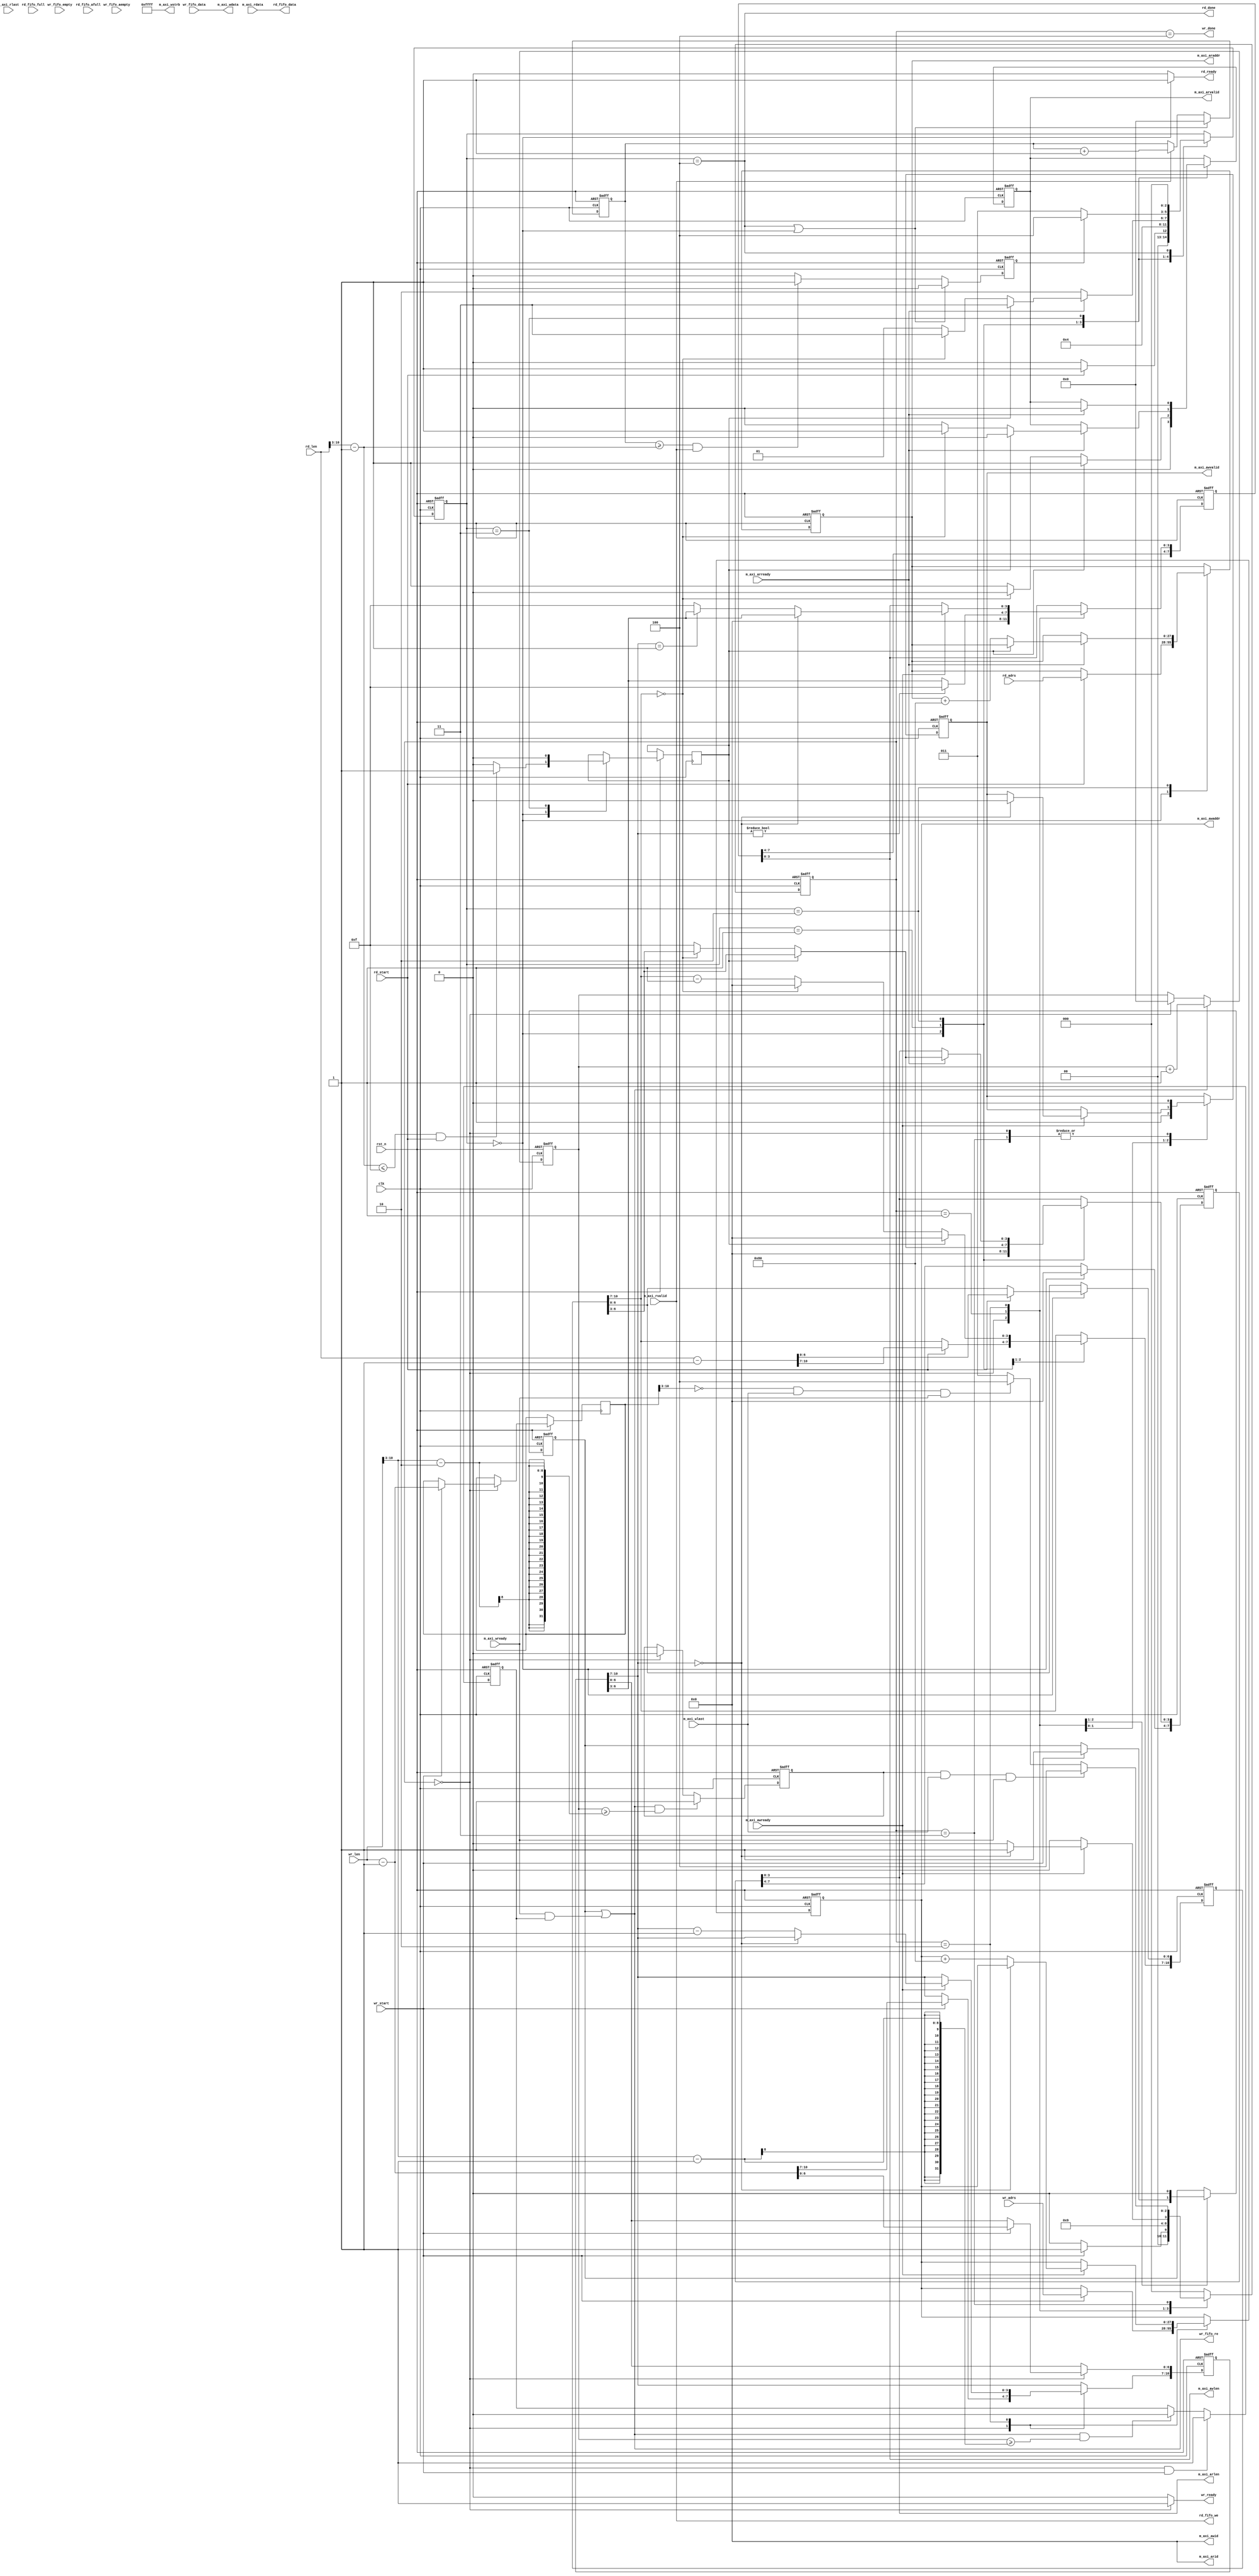
//****************************************Copyright (c)***********************************//
//www.yuanzige.com
//http://www.openedv.com/forum.php
//https://zhengdianyuanzi.tmall.com
//""ZYNQ & FPGA & STM32 & LINUX
//
//Copyright(C)  2023-2033
//All rights reserved                                  
//----------------------------------------------------------------------------------------
// File name:           aq_axi_master
// Created by:          
// Created date:        20232314:17:02
// Version:             V1.0
// Descriptions:        aq_axi_master
//
//----------------------------------------------------------------------------------------
//****************************************************************************************///

module aq_axi_master(
    // Reset, Clock
    input                   rst_n,
    input                   clk,
    // Write Address
    output      [3:0]       m_axi_awid,                                                         	  
    output      [27:0]      m_axi_awaddr,                                                       	  
    output      [3:0]       m_axi_awlen,    // Burst Length: 0-15                              	                          	  
    output                  m_axi_awvalid,                                                      	  
    input                   m_axi_awready,                                                      	  
    // Write Data                                                              	  
    output      [127:0]     m_axi_wdata,                                                       	  
    output      [15:0]      m_axi_wstrb ,                                                       	                                                        	  
    input                   m_axi_wready ,                                                       	  
    input                   m_axi_wlast ,                                                                                    	                                                        	  
    // Read Address                                                            	  
    output      [3:0]       m_axi_arid ,                                                         	  
    output      [27:0]      m_axi_araddr ,                                                       	  
    output      [3:0]       m_axi_arlen ,                                                        	                                                         	  
    output                  m_axi_arvalid ,                                                      	  
    input                   m_axi_arready ,                                                      	  
    // Read Data 
    input       [127:0]     m_axi_rdata,
    input                   m_axi_rlast,
    input                   m_axi_rvalid,
    // Local Bus
    input                   wr_start,
    input       [27:0]      wr_adrs,
    input       [10:0]      wr_len, 
    output                  wr_ready,
    output                  wr_fifo_re,
    input                   wr_fifo_empty,
    input                   wr_fifo_aempty,
    input       [127:0]     wr_fifo_data,
    output                  wr_done,
    input                   rd_start,
    input       [27:0]      rd_adrs,
    input       [10:0]      rd_len, 
    output                  rd_ready,
    output                  rd_fifo_we,
    input                   rd_fifo_full,
    input                   rd_fifo_afull,
    output      [127:0]     rd_fifo_data,
    output                  rd_done
);
//localparam define
localparam S_WR_IDLE  = 3'd0;
localparam S_WA_START = 3'd1;
localparam S_WD_WAIT  = 3'd2;
localparam S_WR_WAIT  = 3'd3;
localparam S_WR_DONE  = 3'd4;

localparam S_RD_IDLE  = 3'd0;
localparam S_RA_START = 3'd1;
localparam S_RD_WAIT  = 3'd2; 
localparam S_RD_PROC  = 3'd3;
localparam S_RD_DONE  = 3'd4;

//reg define
reg [2:0]       wr_state;
reg [27:0]      reg_wr_adrs;
reg [10:0]      reg_wr_len;
reg [10:0]      reg_wr_len1;
reg             reg_awvalid;
reg [7:0]       reg_w_len;
reg             rd_first_data;
reg             rd_fifo_enable;
reg [7:0]       rd_fifo_cnt;
reg [2:0]       rd_state;
reg [27:0]      reg_rd_adrs;
reg [10:0]      reg_rd_len;
reg             reg_arvalid;
reg [7:0]       reg_r_len;
reg [7:0]       rd_addr_cnt;
reg [7:0]       data_valid_cnt;   
reg             reg_r_last;
reg             reg_w_finish; 
reg             rd_fifo_almost_end; 
reg             once_rd_num; 

//*****************************************************
//**                    main code
//***************************************************** 

// Master Read Address
assign m_axi_arid       = 1'b0;
assign m_axi_araddr     = reg_rd_adrs;
assign m_axi_arlen      = reg_r_len[3:0];
assign m_axi_arvalid    = reg_arvalid;
assign rd_ready         = (rd_state == S_RD_IDLE) ? 1'b1 : 1'b0;
assign rd_fifo_we       = m_axi_rvalid;
assign rd_fifo_data     = m_axi_rdata;
assign rd_done          = (rd_state == S_RD_DONE) ; 
assign m_axi_awid       = 4'b0;
assign m_axi_awaddr     = reg_wr_adrs;
assign m_axi_awlen      = reg_w_len[3:0];
assign m_axi_awvalid    = reg_awvalid;
assign m_axi_wdata      = wr_fifo_data;
assign m_axi_wstrb      = 16'hFFFF;
assign wr_ready         = (wr_state == S_WR_IDLE) ? 1'b1 : 1'b0;   
assign wr_done          = (wr_state == S_WR_DONE);
assign wr_fifo_re       = rd_first_data | (m_axi_wready && rd_fifo_enable) ;

//wfifo128bit
always @(posedge clk or negedge rst_n)
begin
    if(!rst_n)
        rd_fifo_cnt <= 8'b0;
    else if(wr_fifo_re)
        rd_fifo_cnt <= rd_fifo_cnt + 1'b1;
    else if(wr_state == S_WR_IDLE)
        rd_fifo_cnt <= 8'b0;	
end

//wfifo
always @(posedge clk or negedge rst_n)begin
    if(!rst_n)
        rd_fifo_enable <= 1'b0;			
    else if(wr_state == S_WR_IDLE && wr_start)
        rd_fifo_enable <= 1'b1;
    else if(wr_fifo_re && (rd_fifo_cnt >= wr_len[10:3] - 1) )
        rd_fifo_enable <= 1'b0;
    else
        rd_fifo_enable <= rd_fifo_enable;
end

always @(posedge clk or negedge rst_n)begin
    if(!rst_n)
        rd_fifo_almost_end <= 1'b0;
    else if(wr_fifo_re && (rd_fifo_cnt >= wr_len[10:3] - 2) )
        rd_fifo_almost_end <= 1'b1;				
    else if(wr_state == S_WR_IDLE )
        rd_fifo_almost_end <= 1'b0;
    else
        rd_fifo_almost_end <= rd_fifo_almost_end;
end

// Write State
always @(posedge clk or negedge rst_n) begin
    if(!rst_n) begin
        wr_state        <= S_WR_IDLE;
        reg_wr_adrs     <= 28'b0;
        reg_wr_len      <= 11'b0;
        reg_awvalid     <= 1'b0;
        reg_w_len       <= 8'd0;
        rd_first_data   <= 1'b0;
    end 
    else begin
        case(wr_state)
            S_WR_IDLE:begin
                reg_awvalid <= 1'b0;
                reg_w_len[3:0] <= 4'd0;
                reg_w_finish <= 1'b0;
                //
                if(wr_start) begin
                    wr_state    <= S_WA_START;
                    reg_wr_adrs <= wr_adrs;
                    reg_wr_len  <= wr_len - 1'b1;
                    reg_wr_len1 <= wr_len -1'b1;			
                    rd_first_data <= 1'b1;
                end
                else begin
                    wr_state <= S_WR_IDLE;
                end
            end
            S_WA_START: begin
                wr_state <= S_WD_WAIT;
                rd_first_data <= 1'b0;
                reg_awvalid <= 1'b1;
                //015
                if(reg_wr_len[10:7] != 5'd0) begin                
                    reg_w_len[3:0] <= 4'hf;
                end 
                else begin
                    reg_w_len[3:0] <= reg_wr_len[6:3];
                end
            end  
            S_WD_WAIT:begin
                //
                if(m_axi_awready)begin
                    //
                    if(reg_wr_len[10:7] == 5'd0)begin
                        reg_w_len[3:0] <= reg_wr_len[6:3];
                        reg_awvalid <= 1'b0;	
                        wr_state <= S_WR_WAIT;
                        reg_wr_adrs <= reg_wr_adrs;
                    end
                    //1
                    else if(reg_wr_len[10:7] == 5'd1)begin
                            reg_w_len[3:0] <= reg_wr_len[6:3];
                            reg_awvalid <= reg_awvalid;	
                            wr_state <= S_WD_WAIT;
                            reg_wr_adrs <= reg_wr_adrs + 8'd128;
                            reg_wr_len[10:7] <= reg_wr_len[10:7] - 21'd1;
                        end
                    //115
                    else begin
                        reg_w_len[3:0] <= 4'hf;
                        reg_awvalid <= reg_awvalid;	
                        wr_state <= S_WD_WAIT;
                        reg_wr_adrs <= reg_wr_adrs + 8'd128;
                        reg_wr_len[10:7] <= reg_wr_len[10:7] - 21'd1;				
                    end
                end
                //
                else begin
                    reg_w_len[3:0] <= reg_w_len[3:0] ;
                    reg_awvalid <= reg_awvalid;	
                    wr_state <= S_WD_WAIT;
                    reg_wr_adrs <= reg_wr_adrs ;
                    reg_wr_len[10:7] <= reg_wr_len[10:7];				
                end
            end		
            S_WR_WAIT:begin
                reg_awvalid <= 1'b0;
                if(rd_fifo_almost_end && m_axi_wlast && m_axi_wready)begin
                    wr_state <= S_WR_DONE;
                end 
                else if(reg_wr_len1[10:3] == 0 && m_axi_wlast && m_axi_wready)
                    wr_state <= S_WR_DONE;			
                else begin			
                    wr_state <= S_WR_WAIT;
                end
            end
            S_WR_DONE:begin
                wr_state <= S_WR_IDLE;
            end
            default:begin
                wr_state <= S_WR_IDLE;
            end
        endcase
    end
end

// The Read State
always @(posedge clk or negedge rst_n) begin
    if(!rst_n) begin
        rd_state <= S_RD_IDLE;
        reg_rd_adrs <= 28'd0;
        reg_rd_len <= 11'd0;
        reg_arvalid <= 1'b0;
        reg_r_len <= 8'd0;  
    end 
    else begin
        case(rd_state)
            S_RD_IDLE: begin
                reg_arvalid <= 1'b0;
                reg_r_len <= 8'd0;
                //
                if(rd_start) begin
                    rd_state <= S_RA_START;
                    reg_rd_adrs <= rd_adrs ;
                    reg_rd_len <= rd_len - 1'b1; 
                end
                else begin
                    rd_state <= S_RD_IDLE;
                end
                //15
                if(((rd_len[10:3] - 1'b1) <= 4'd15) && rd_start)
                    once_rd_num <= 1'b1;
                else
                    once_rd_num <= 1'b0;
            end
            S_RA_START: begin
                rd_state <= S_RD_WAIT;
                //15
                if(once_rd_num)begin
                    reg_r_len[3:0] <= reg_rd_len[6:3];
                    reg_rd_len[10:7] <= 4'd0;
                    reg_arvalid <= 1'b1;				
                end
                //,4
                else if(reg_rd_len[10:7] == 4'd0)begin 
                    reg_r_len[3:0]  <=  reg_rd_len[6:3];
                    reg_rd_len[10:7] <= 4'd0;
                    reg_arvalid <= 1'b0;
                end	
                //1515
                else begin
                    reg_r_len[3:0] <= 4'd15;
                    reg_rd_len[10:7] <= reg_rd_len[10:7] - 1;
                    reg_arvalid <= 1'b1;
                end
            end
            S_RD_WAIT: begin
                //
                if(m_axi_arready) begin
                    if(once_rd_num)begin
                        reg_r_len[3:0] <= reg_rd_len[6:3];
                        rd_state <= S_RD_PROC;		
                        reg_arvalid <= 1'b0;					
                    end
                    //
                    else if(reg_rd_len[10:7] == 5'd0) begin
                        reg_r_len[3:0] <= reg_rd_len[6:3];
                        rd_state <= S_RD_PROC;
                        reg_rd_adrs <= reg_rd_adrs + 8'd128;					
                        reg_arvalid <= 1'b1;					
                    end else begin
                        reg_r_len[3:0] <= 4'd15;
                        reg_rd_adrs <= reg_rd_adrs + 8'd128;
                        rd_state <= S_RA_START;	
                        reg_arvalid <= 1'b0;					
                    end
                end
                //
                else begin
                        reg_r_len[3:0] <= reg_r_len[3:0];
                        reg_rd_len[10:7] <= reg_rd_len[10:7] ;
                        reg_rd_adrs <= reg_rd_adrs ;
                        rd_state <= S_RD_WAIT;				
                end
            end  
            S_RD_PROC: begin
                rd_addr_cnt <= 1'b0;
                once_rd_num <= 1'b0;
                if(m_axi_arready)
                    reg_arvalid <= 1'b0;
                else
                    reg_arvalid <= reg_arvalid;
                if(reg_r_last) begin
                    rd_state <= S_RD_DONE;
                end 
                else begin
                    rd_state <= S_RD_PROC;
                end
            end
            S_RD_DONE:begin
                rd_state <= S_RD_IDLE;
            end 
        endcase
    end
end

 //ddr3
always @(posedge clk or negedge rst_n)  begin
    if(!rst_n)begin
        data_valid_cnt <= 8'b0;    
    end   
    else begin
        if((rd_state == S_RD_DONE) || (rd_state == S_RD_IDLE)) 
            data_valid_cnt <= 8'b0;     
        else if(m_axi_rvalid)
            data_valid_cnt <= data_valid_cnt + 1'b1;
        else
            data_valid_cnt <= data_valid_cnt;            
    end    
end  

 //ddr3
always @(posedge clk or negedge rst_n)  begin
    if(!rst_n)begin
        reg_r_last <= 1'b0;  
    end   
    else begin
        if((rd_state == S_RD_DONE) || (rd_state == S_RD_IDLE)) 
            reg_r_last <= 1'b0;     
        else if( (data_valid_cnt >= rd_len[10:3] - 1'b1) && m_axi_rvalid)
            reg_r_last <= 1'b1;
        else
            reg_r_last <= 1'b0;            
    end    
end 
 
endmodule